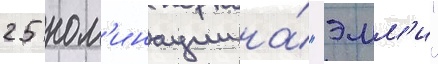
25 ном'инации на́ "эмм'и"